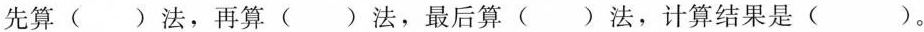
先算()法，再算()法，最后算()法，计算结果是()。